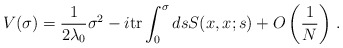
\begin{align*}V(\sigma ) = \frac{1}{2\lambda_0}\sigma^{2} -i\mbox{tr} \int_{0}^{\sigma}ds S(x,x;s) +O\left(\frac{1}{N}\right)\, .\end{align*}